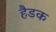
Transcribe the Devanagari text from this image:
हैडक